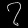
Digit: ၇